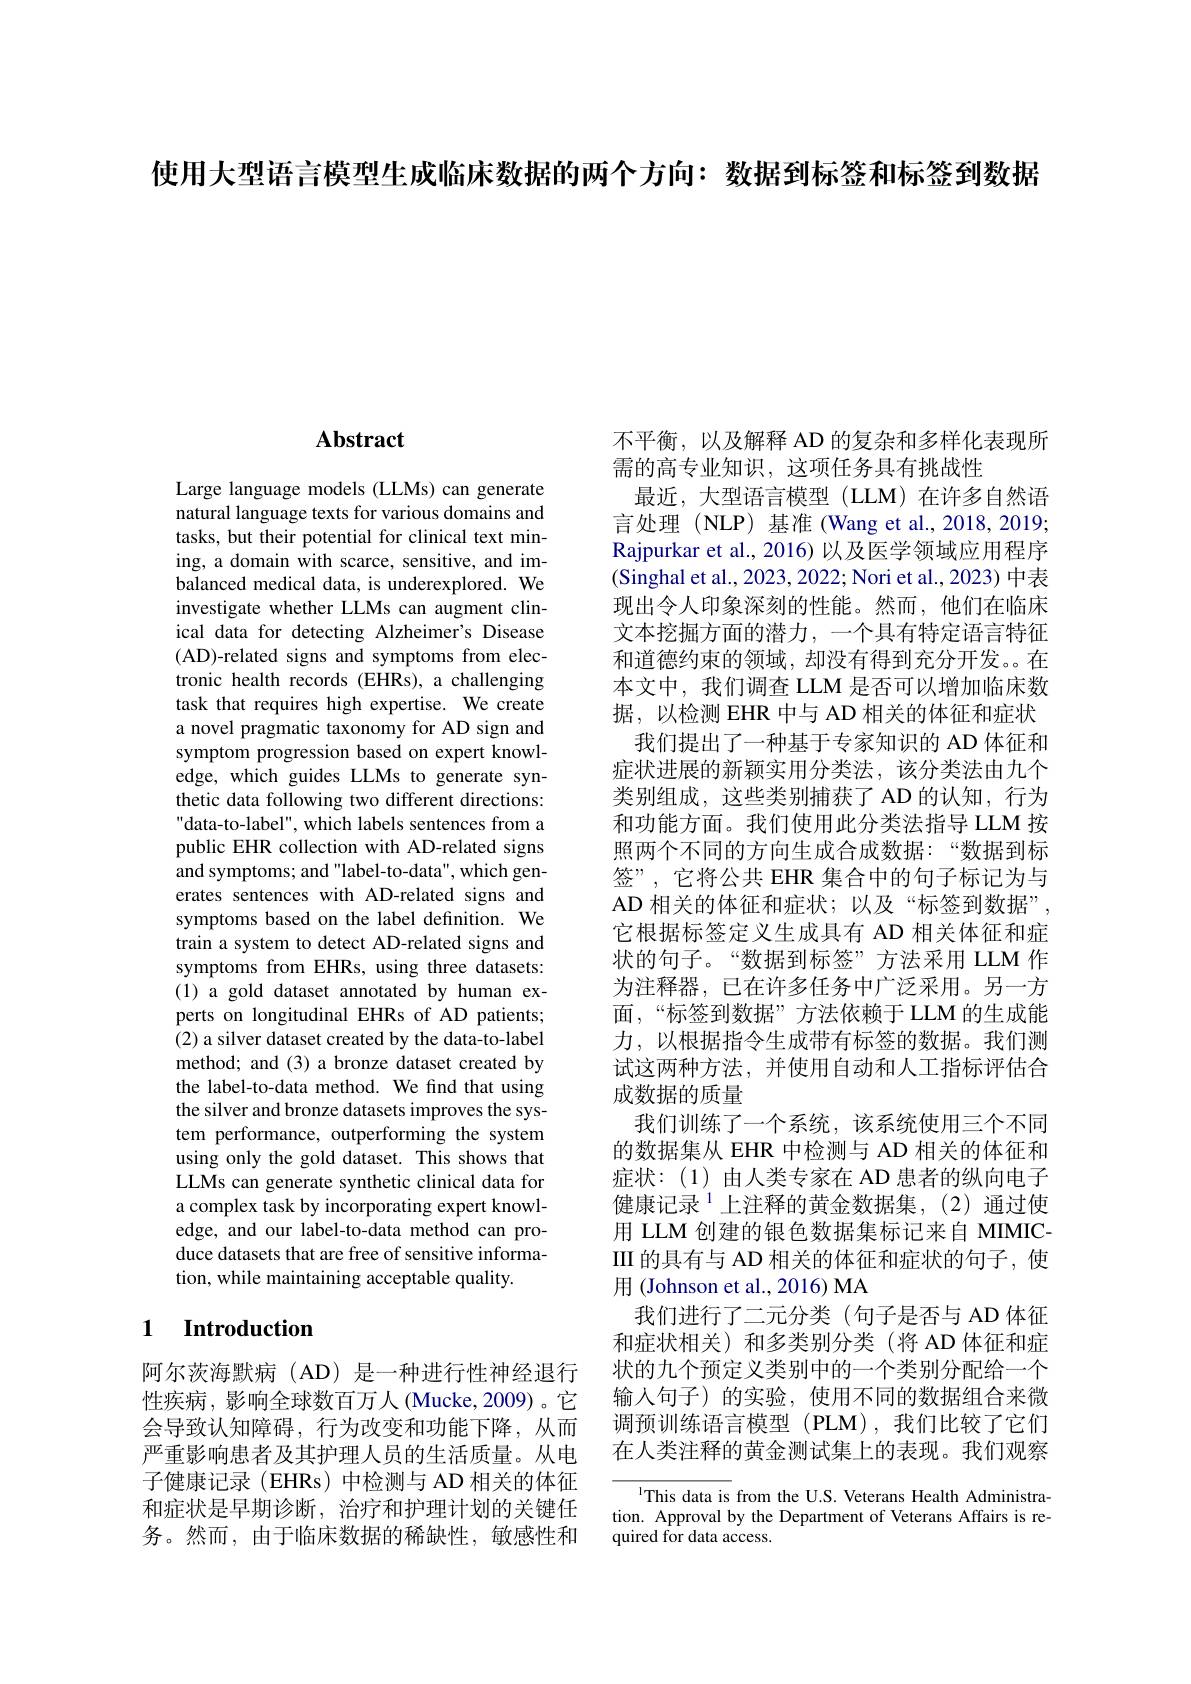
使用大型语言模型生成临床数据的两个方向：数据到标签和标签到数据

### $\mathbf{Abstract}$

Large language models (LLMs) can generate natural language texts for various domains and tasks, but their potential for clinical text mining, a domain with scarce, sensitive, and imbalanced medical data, is underexplored. We investigate whether LLMs can augment clinical data for detecting Alzheimer's Disease (AD)-related signs and symptoms from electronic health records (EHRs), a challenging task that requires high expertise. We create a novel pragmatic taxonomy for AD sign and symptom progression based on expert knowledge, which guides LLMs to generate synthetic data following two different directions: data-to-label", which labels sentences from a public EHR collection with AD-related signs and symptoms; and "label-to-data", which generates sentences with AD-related signs and symptoms based on the label definition. We train a system to detect AD-related signs and symptoms from EHRs, using three datasets: (1) a gold dataset annotated by human experts on longitudinal EHRs of AD patients; (2) a silver dataset created by the data-to-label method; and (3) a bronze dataset created by the label-to-data method. We find that using the silver and bronze datasets improves the system performance, outperforming the system using only the gold dataset. This shows that LLMs can generate synthetic clinical data for a complex task by incorporating expert knowledge, and our label-to-data method can produce datasets that are free of sensitive information, while maintaining acceptable quality.

## 1 Introduction

阿尔茨海默病(AD)是一种进行性神经退行性疾病，影响全球数百万人 (Mucke,2009)。它会导致认知障碍，行为改变和功能下降，从而严重影响患者及其护理人员的生活质量。从电子健康记录 (EHRs) 中检测与 AD 相关的体征和症状是早期诊断，治疗和护理计划的关键任务。然而，由于临床数据的稀缺性，敏感性和

不平衡，以及解释 AD 的复杂和多样化表现所
需的高专业知识，这项任务具有挑战性
最近，大型语言模型(LLM)在许多自然语言处理(NLP)基准(Wang et al.,2018,2019; Rajpurkar et al., 2016) 以及医学领域应用程序(Singhal et al., 2023, 2022; Nori et al., 2023) 中表现出令人印象深刻的性能。然而，他们在临床文本挖掘方面的潜力，一个具有特定语言特征和道德约束的领域，却没有得到充分开发。在本文中，我们调查 LLM 是否可以增加临床数据，以检测 EHR 中与 AD 相关的体征和症状
我们提出了一种基于专家知识的 AD 体征和症状进展的新颖实用分类法，该分类法由九个类别组成，这些类别捕获了 AD 的认知，行为和功能方面。我们使用此分类法指导 LLM 按照两个不同的方向生成合成数据：“数据到标签”,它将公共 EHR 集合中的句子标记为与AD 相关的体征和症状；以及“标签到数据”, 它根据标签定义生成具有 AD 相关体征和症状的句子。“数据到标签”方法采用 LLM 作为注释器，已在许多任务中广泛采用。另一方面，“标签到数据”方法依赖于 LLM 的生成能力，以根据指令生成带有标签的数据。我们测试这两种方法，并使用自动和人工指标评估合成数据的质量
我们训练了一个系统，该系统使用三个不同的数据集从 EHR 中检测与 AD 相关的体征和症状：(1)由人类专家在 AD 患者的纵向电子健康记录$^{1}$上注释的黄金数据集，(2)通过使用 LLM 创建的银色数据集标记来自 MIMICIII 的具有与 AD 相关的体征和症状的句子，使用 (Johnson et al., 2016) MA
我们进行了二元分类(句子是否与 AD 体征和症状相关)和多类别分类(将 AD 体征和症状的九个预定义类别中的一个类别分配给一个输入句子)的实验，使用不同的数据组合来微调预训练语言模型(PLM),我们比较了它们在人类注释的黄金测试集上的表现。我们观察
$^{1}$This data is from the U.S. Veterans Health Administra-

tion. Approval by the Department of Veterans Affairs is re-
quired for data access.